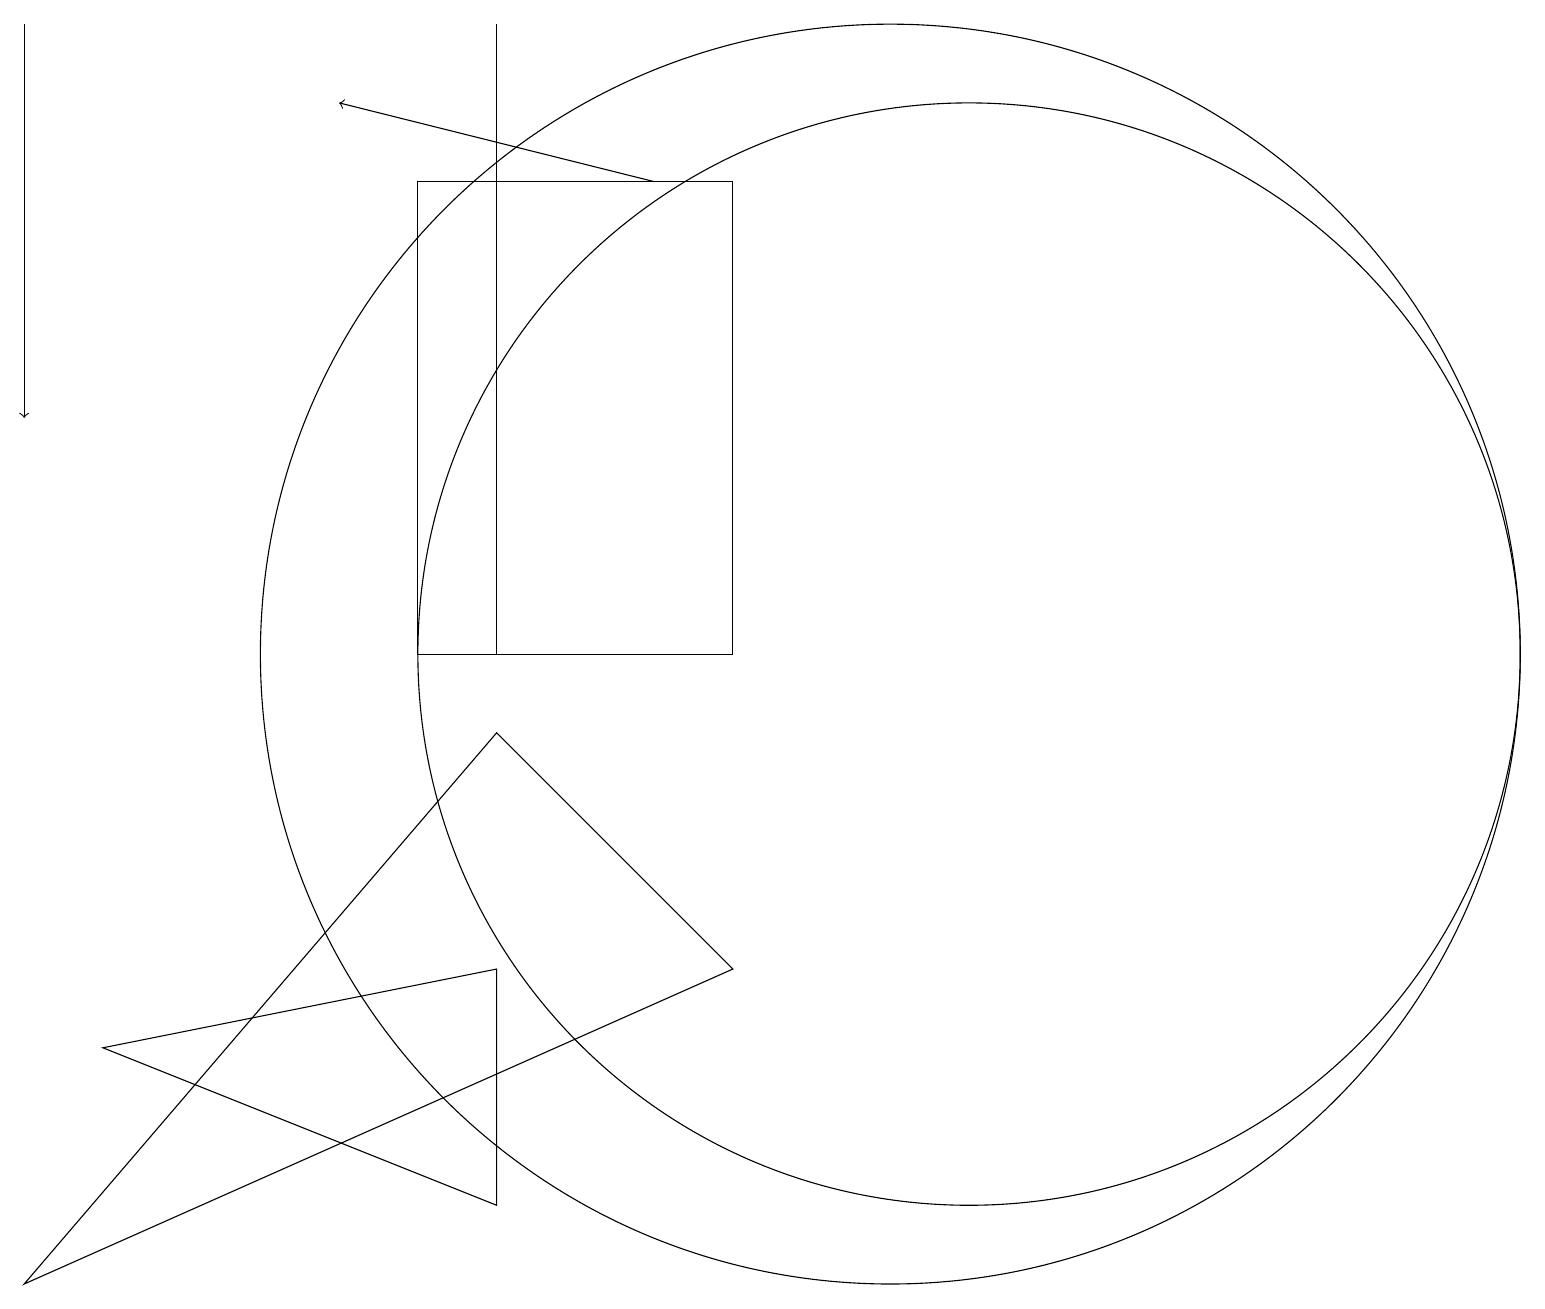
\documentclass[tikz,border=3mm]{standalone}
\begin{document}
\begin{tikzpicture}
\draw (12,10) circle (7);
\draw (6,6) -- (6,3) -- (1,5) -- cycle;
\draw[->] (0,18) -- (0,13);
\draw (5,10) rectangle (9,16);
\draw (0,2) -- (9,6) -- (6,9) -- cycle;
\draw (6,18) rectangle (6,10);
\draw[->] (8,16) -- (4,17);
\draw (11,10) circle (8);
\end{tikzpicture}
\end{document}